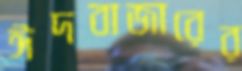
ঈদবাজারের